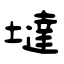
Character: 墶